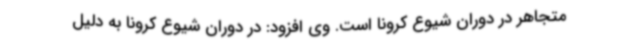
متجاهر در دوران شیوع کرونا است. وی افزود: در دوران شیوع کرونا به دلیل